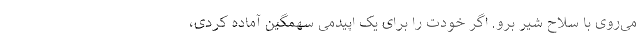
می‌روی با سلاح شیر برو. اگر خودت را برای یک اپیدمی سهمگین آماده کردی،